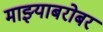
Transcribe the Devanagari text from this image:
माझ्याबरोबर